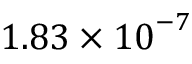
1 . 8 3 \times { { 1 0 } ^ { - 7 } }